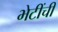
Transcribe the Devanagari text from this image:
भेटींची